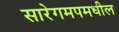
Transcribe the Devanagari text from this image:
सारेगमपमधील